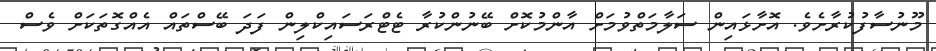
މޫނުސާފުުކުރާށެވެ. އޮށާޅައިން ސަލާމަތްވުމަށް އާންމުކޮށް ބޭނުންކުރާ ޓެޓްރަސައިކްލިން ފަދަ ބޭސްތައް އެއްގޮތަކަށް ވެސް